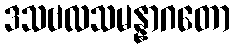
ဒသဗလသမန္နာဂတော